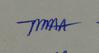
Signature authenticity: genuine